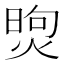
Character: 𤋗